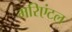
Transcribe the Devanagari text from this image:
मरिएंटल